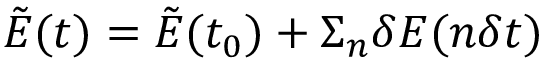
\tilde { E } ( t ) = \tilde { E } ( t _ { 0 } ) + \Sigma _ { n } \delta E ( n \delta t )